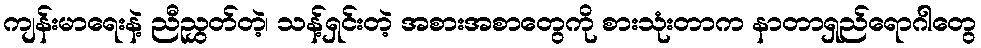
ကျန်းမာရေးနဲ့ ညီညွှတ်တဲ့၊ သန့်ရှင်းတဲ့ အစားအစာတွေကို စားသုံးတာက နာတာရှည်ရောဂါတွေ